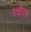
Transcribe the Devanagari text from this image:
रक्षील